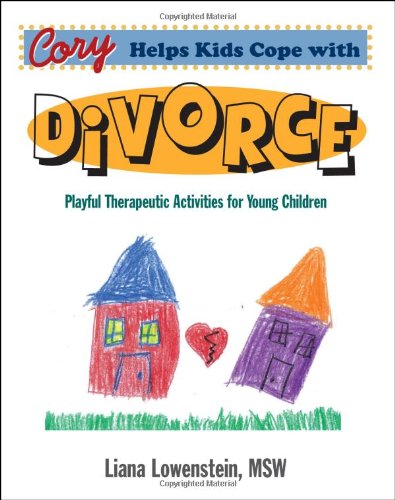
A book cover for Cory Helps Kids Cope with Divorce: Playful Therapeutic Activities for Young Children; Liana Lowenstein; Parenting & Relationships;